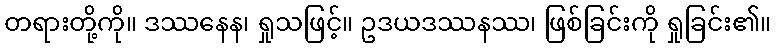
တရားတို့ကို။ ဒဿနေန၊ ရှုသဖြင့်။ ဥဒယဒဿနဿ၊ ဖြစ်ခြင်းကို ရှုခြင်း၏။